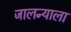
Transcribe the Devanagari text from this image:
जालन्याला